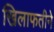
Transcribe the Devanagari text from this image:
खिलाफतीने